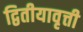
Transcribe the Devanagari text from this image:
द्वितीयावृत्ती